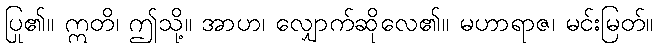
ပြု၏။ ဣတိ၊ ဤသို့။ အာဟ၊ လျှောက်ဆိုလေ၏။ မဟာရာဇ၊ မင်းမြတ်။